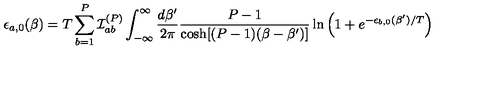
\epsilon _ { a , 0 } ( \beta ) = T \sum _ { b = 1 } ^ { P } { \cal I } _ { a b } ^ { ( P ) } \int _ { - \infty } ^ { \infty } \frac { d \beta ^ { \prime } } { 2 \pi } \frac { P - 1 } { \cosh [ ( P - 1 ) ( \beta - \beta ^ { \prime } ) ] } \ln \left( 1 + e ^ { - \epsilon _ { b , 0 } ( \beta ^ { \prime } ) / T } \right)